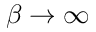
\beta \to \infty